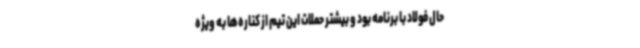
حال فولاد با برنامه بود و بیشتر حملات این تیم از کناره‌ها به ویژه